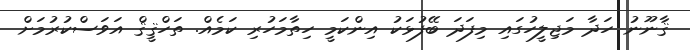
ޤާނޫނު ހަދާ މަޖިލީހުގައި މިފަދަ ބޭފުޅަކު އިންކަމީ ހިތާމަހުރި ކަމެއް. ތަހްޤީޤް އަވަސްކުރުމަށް